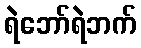
ရဲဘော်ရဲဘက်